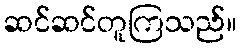
ဆင်ဆင်တူကြသည်။